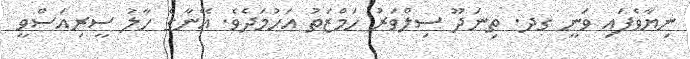
ނިޔާވެފައި ވަނީ ގދ. ތިނަދޫ ސިލްވަރު ހަމްޒަތު އަހުމަދެވެ. އޭނާގެ ހާލު ސީރިއަސްވީ